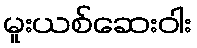
မူးယစ်ဆေးဝါး